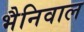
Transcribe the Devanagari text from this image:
भैनिवाल